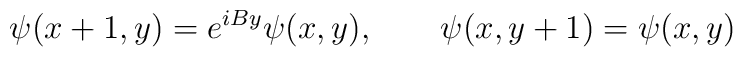
\psi(x+1,y) = e^{iBy} \psi(x,y),	\qquad	\psi(x,y+1) = \psi(x,y)